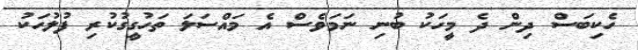
ހެކިބަސް ދިން ދެ މީހަކު ބުނި ނަމަވެސް އެ މައްސަލަ ތަހުގީގުކުރި ފުލުހަކު